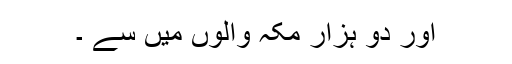
اور دو ہزار مکہ والوں میں سے ۔